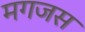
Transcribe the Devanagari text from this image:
मगजस